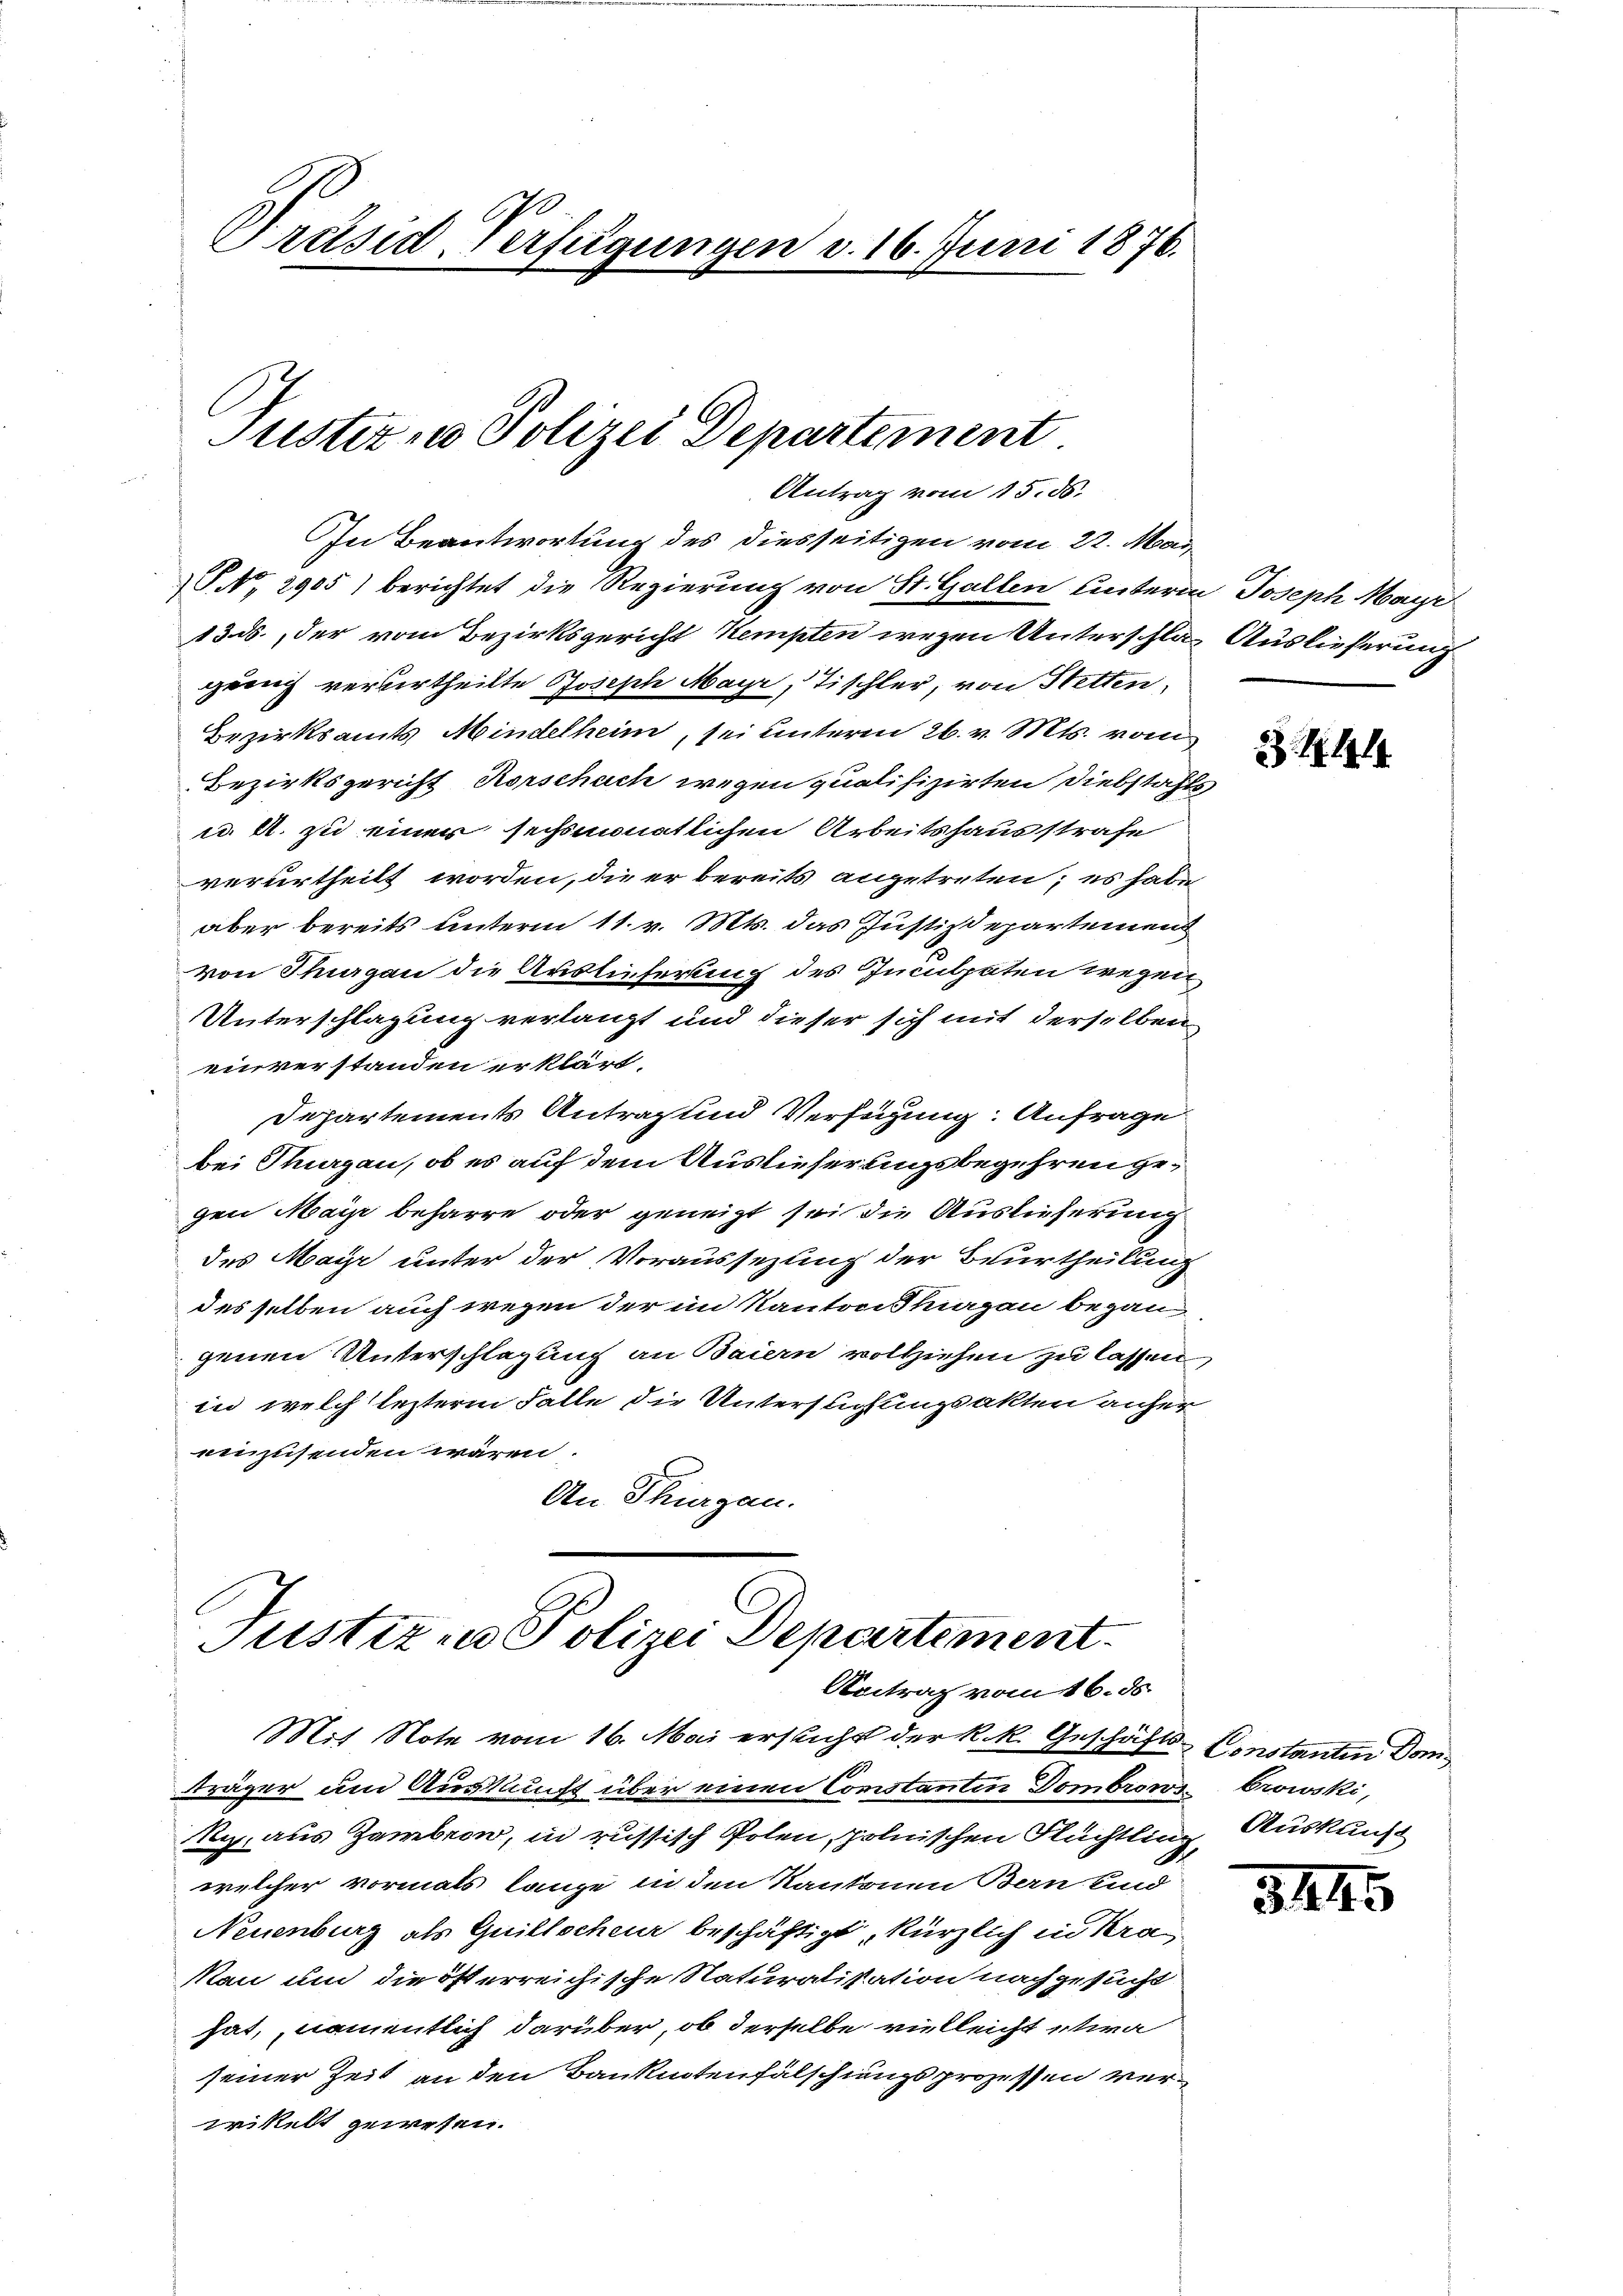
Präsid. Verfügungen v. 16. Juni 1876.

Tuster- u Polizei Departement
Antrag vom 15. ds.

In Beantwortung des diesseitigen vom 22. Mai
NNo. 2905) berichtet die Regierung von St. Gallen unterm Joseph Maÿr
13. ds., der vom Bezirksgericht Kempten wegen Unterschlag Auslieferung
gung verurtheilte Joseph Mayr, Tischler, von Stetten,
Bezirksamts Mindelheim, sei unterm 26. v. Mts. vom
Bezirksgericht Rorschuch wegen qualifizirten Diebstahls
u. A. zu einer sechsmonatlichen Arbeitshausstrafe
verurtheilt worden, die er bereits angetreten; es habe
aber bereits unterm 11. v. Mts. das Justizdepartement
von Thurgau die Auslieferung des Inculpaten wegen
Unterschlagung verlangt und dieser sich mit derselben
einverstanden erklärt.
Departements Antrag und Verfügung: Anfrage
bei Thurgau, ob es auf dem Auslieferungsbegehren gegen Mai beharre oder geneigt sei die Auslieferung
des Mair unter der Voraussezung der Beurtheilung
desselben auch wegen der im Kantons hiergau began-
genen Unterschlagung an Baiern vollziehen zu lassen,
in welch lezterm Falle die Untersuchungsakten anher
einzusenden wären.
An Thingen.

Justiz in Polizei Departement.
Aeitrag vom 16. ds

Mit Note vom 16. Mai ersticht der k.k. Geschäfts-Constanten Donträger um Auskunft über einen Constantin Dombrows Crowski,
Rez. aus Zauben, in russisch Polen, polnischen Flüchtling, Auskunft
welcher vormals lange in den Kantonen Bern sind
Neuenburg als Quillscheur beschäftigt, kürzlich in Kra
Mau um die österreichische Naturalisation nachgesucht
hat, namentlich darüber, ob derselbe vielleicht etwa
seiner Zeit an den Banknotenfälschungsprozessen verwikelt gewesen.

344

34